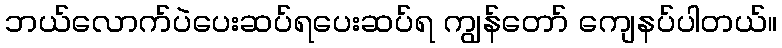
ဘယ်လောက်ပဲပေးဆပ်ရပေးဆပ်ရ ကျွန်တော် ကျေနပ်ပါတယ်။